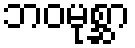
ဘဝမုစ္ဆာ